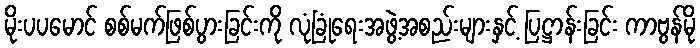
မိုးပပမောင် စစ်မက်ဖြစ်ပွားခြင်းကို လုံခြုံရေးအဖွဲ့အစည်းများနှင့် ပြဋ္ဌာန်းခြင်း ကာဗွန်မို